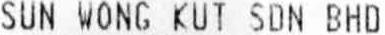
SUN WONG KUT SDN BHD